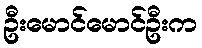
ဦးမောင်မောင်ဦးက